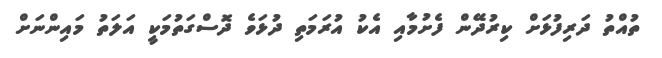
ތުއްތު ދަރިފުޅަށް ކިރުދޭން ފެށުމާއި އެކު އުރަމަތި ދުޅަވެ ދޮސްގަތުމަކީ އަލަތު މައިންނަށް